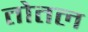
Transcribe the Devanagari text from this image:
तोतल